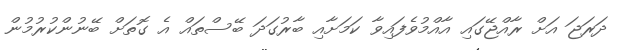
ދަރަޖަ އަށް ރާއްޖޭގައި އާއްމުވެފައިވާ ކަމަށާއި ބާރުގަދަ ބޭސްތައް އެ ގޮތަށް ބޭނުންކުރުމުން